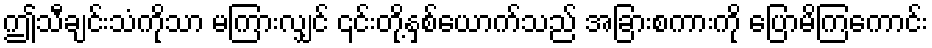
ဤသီချင်းသံကိုသာ မကြားလျှင် ၎င်းတို့နှစ်ယောက်သည် အခြားစကားကို ပြောမိကြကောင်း